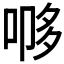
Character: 𭈨